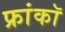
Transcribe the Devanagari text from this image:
फ्रांकॉ